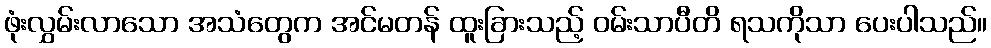
ဖုံးလွှမ်းလာသော အသံတွေက အင်မတန် ထူးခြားသည့် ဝမ်းသာပီတိ ရသကိုသာ ပေးပါသည်။